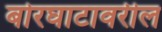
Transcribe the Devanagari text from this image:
बोरघाटावरील